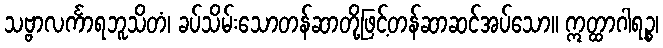
သဗ္ဗာလင်္ကာရဘူသိတံ၊ ခပ်သိမ်းသောတန်ဆာတို့ဖြင့်တန်ဆာဆင်အပ်သော။ ဣတ္ထာဂါရဉ္စ၊